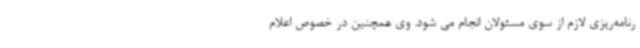
رنامه‌ریزی لازم از سوی مسئولان انجام می شود. وی همچنین در خصوص اعلام